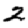
Digit: 2